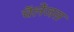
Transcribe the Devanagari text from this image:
चॅलेंजस